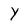
Character: Y